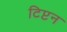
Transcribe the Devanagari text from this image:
टिप्टन